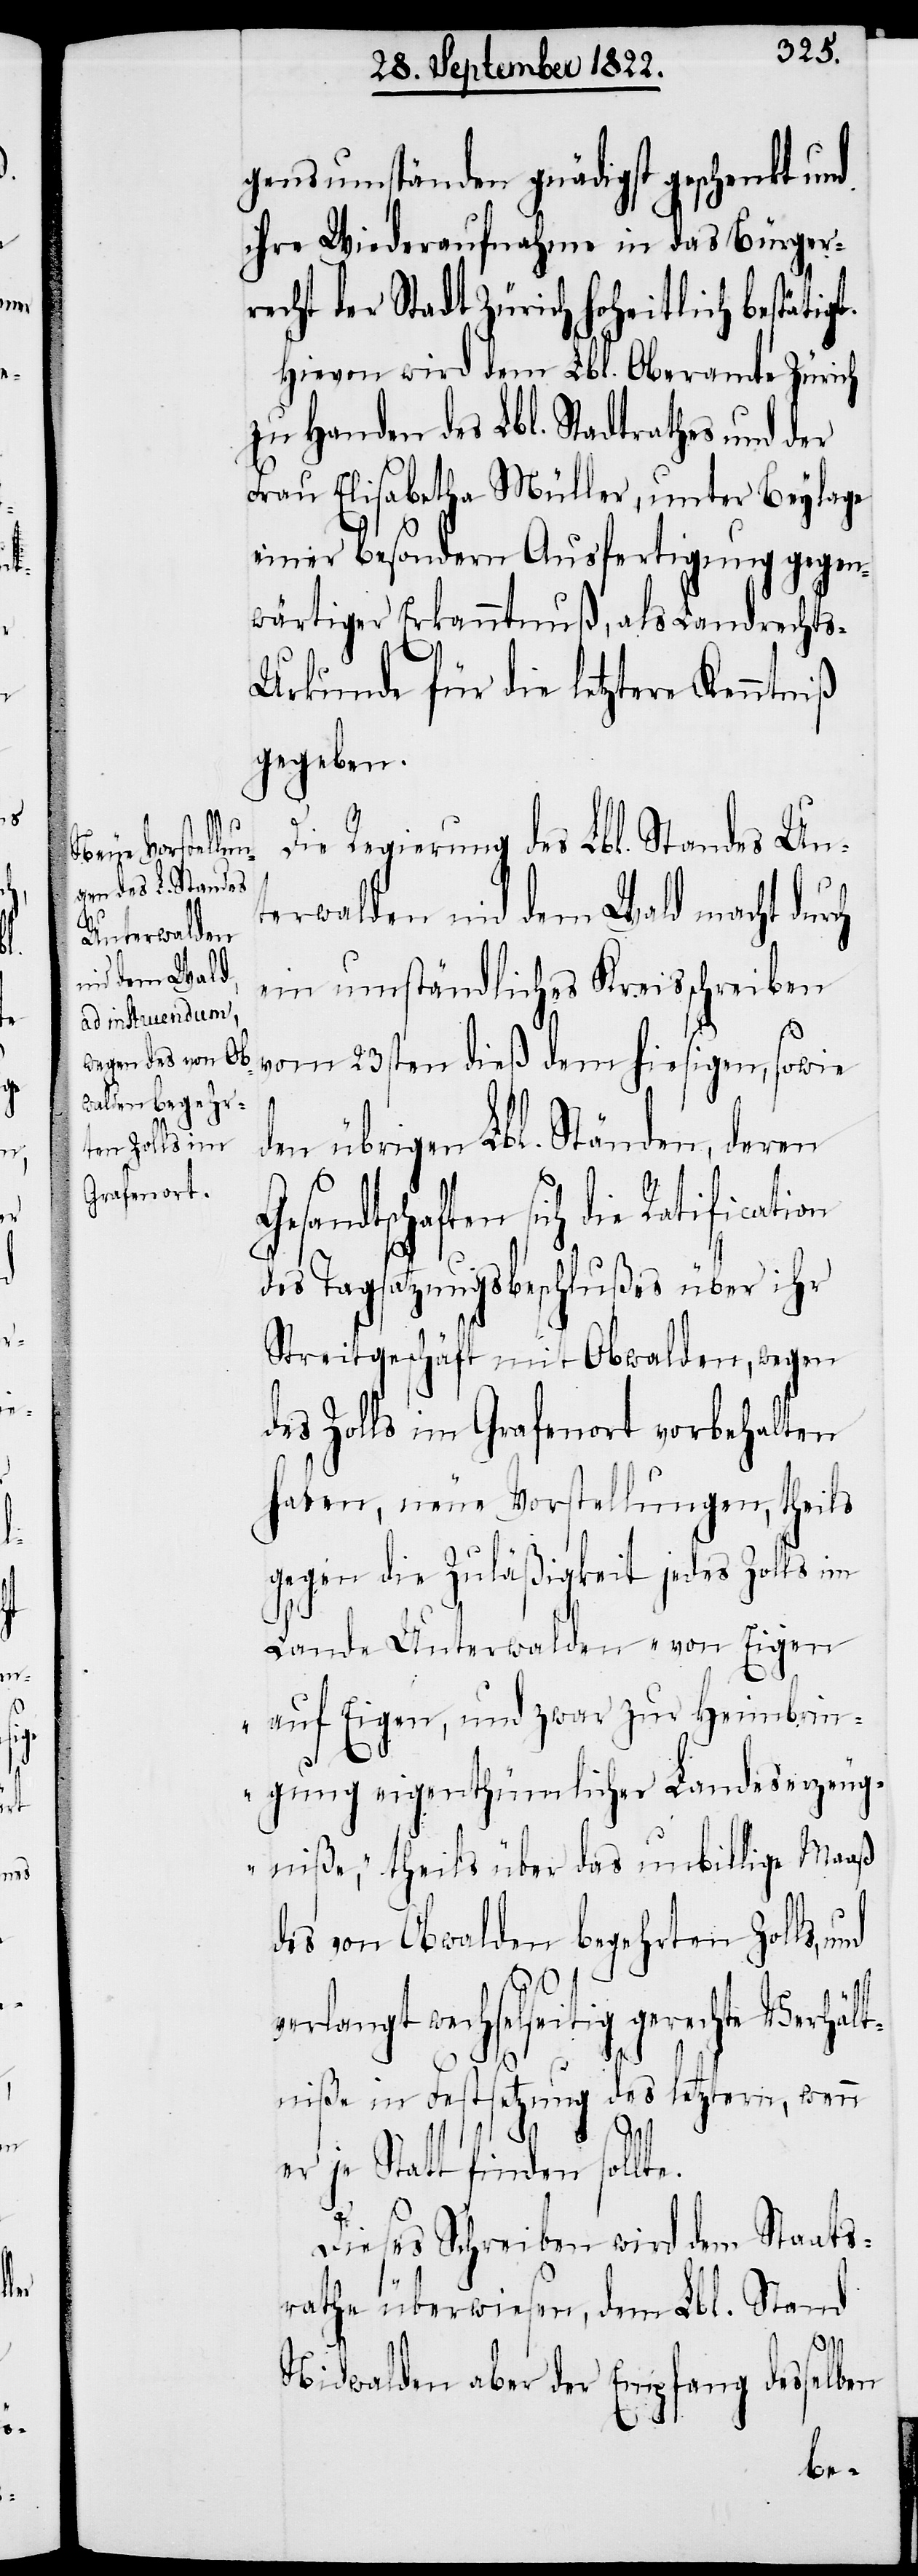
ch
e Verhält¬

gensumständen gnädigst geschenkt und
ihre Wiederaufnahme in das Bürger¬
recht der Stadt Zürich hoheitlich bestätigt.
Hievon wird dem Lbl. Oberamte Zürich
zu Handen des Lbl. Stadtrathes und der
Frau Elisbetha Müller, unter Beylage
einer besondern Ausfertigung gegen¬
wärtiger Erkanntnuß, als Landrecht¬
s-Urkunde für die letztere Kenntniß
gegeben.
Die Regierung des Lbl. Standes Un¬
terwalden nid dem Wald macht dur¬
ein umständliches Kreisschreiben
vom 23sten dieß dem hiesigen, sowie
den übrigen Lbl. Ständen, deren
andtschaften sich die Ratification
des Tagsatzungsbeschlußes über ihr
Streitgeschäft mit Obwalden, wegen
des Zolls im Grafenort vorbehalten
haben, neue Vorstellungen, theils
gegen die Zuläßigkeit jedes Zolls im
Lande Unterwalden „von Eigen
auf Eigen, und zwar zur Heimbrin¬
gung eigenthümlicher Landeserzeug¬
niße“, theils über das unbillige Maaß
des von Obwalden begehrten Zolls,
verlangt wechselseitig gerecht¬
niße in Festsetzung des letztern, wenn
er je Statt finden sollte.
Dieses Schreiben wird dem Staats¬
rathe überwiesen, dem Lbl. Stand
Nidwalden aber der Empfang desselben
Ges¬